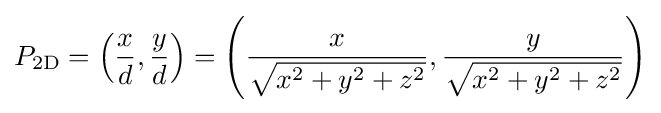
P_{\mathrm {2D} }=\left({\frac {x}{d}},{\frac {y}{d}}\right)=\left({\frac {x}{\sqrt {x^{2}+y^{2}+z^{2}}}},{\frac {y}{\sqrt {x^{2}+y^{2}+z^{2}}}}\right)